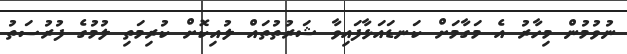
ނުވުމުން މިހާރު އެ މަގާމަށް ކަނޑައަޅާފައިވާ ޝަރުތުތައް ލުއިކޮށް ކުރިމަތި ލުމުގެ ފުރުސަތު